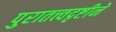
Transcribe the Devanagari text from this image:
पुरातत्त्वदृष्टीने